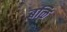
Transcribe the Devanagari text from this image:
बळि